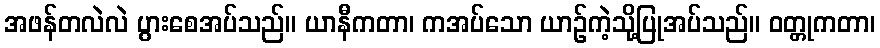
အဖန်တလဲလဲ ပွားစေအပ်သည်။ ယာနီကတာ၊ ကအပ်သော ယာဉ်ကဲ့သို့ပြုအပ်သည်။ ဝတ္တုကတာ၊